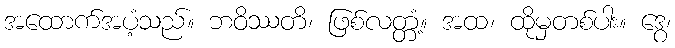
အထောက်အပံ့သည်။ ဘဝိဿတိ၊ ဖြစ်လတ္တံ့။ အထ၊ ထိုမှတစ်ပါး။ ဒွေ၊